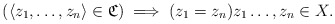
\begin{align*} (\langle z_1,\ldots, z_n\rangle\in\mathfrak{C})\implies (z_1=z_n) z_1\ldots,z_n\in X. \end{align*}